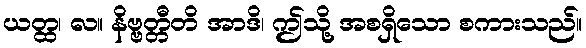
ယတ္ထ၊ လ။ နိဗ္ဗတ္တီတိ အာဒိ၊ ဤသို့ အစရှိသော စကားသည်။